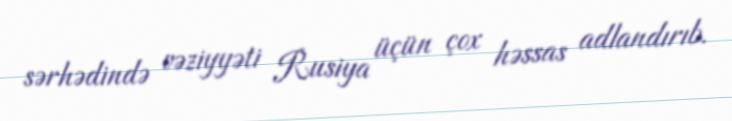
sərhədində vəziyyəti Rusiya üçün çox həssas adlandırıb.